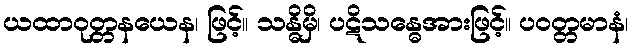
ယထာဝုတ္တနယေန၊ ဖြင့်။ သန္ဓိမှိ၊ ပဋိသန္ဓေအားဖြင့်။ ပဝတ္တမာနံ၊